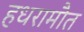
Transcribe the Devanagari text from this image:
हधरामौत